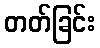
တတ်ခြင်း